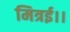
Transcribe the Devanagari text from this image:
मित्रई।।